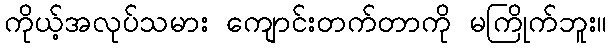
ကိုယ့်အလုပ်သမား ကျောင်းတက်တာကို မကြိုက်ဘူး။